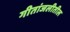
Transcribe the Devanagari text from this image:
गीतांजलीतील